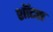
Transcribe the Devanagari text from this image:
शॉटस